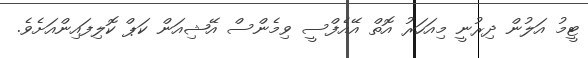
ޓީމު އަލުން ދިރުނީ މިއަހަރު އޮތް އޭއެފްސީ ވިމެންސް އޭޝިއަން ކަޕް ކޮލިފައިންއަށެވެ.